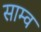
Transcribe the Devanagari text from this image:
साम्व